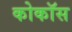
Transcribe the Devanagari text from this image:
कोकॉस